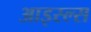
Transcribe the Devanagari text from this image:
आइस्ल्स